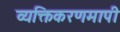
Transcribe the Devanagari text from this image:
व्यक्तिकरणमापी